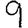
Digit: 9